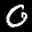
Label: 0